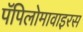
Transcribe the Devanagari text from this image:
पॅपिलोमावाइरस